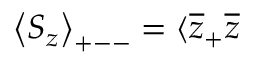
\left\langle S _ { z } \right\rangle _ { + -- } = \langle \overline { { { z } } } _ { + } \overline { { { z } } }